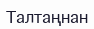
Талтаңнан